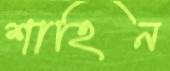
শাহিন